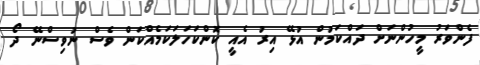
ފެންވަރު މީހުންނަށް ދައްކަމުން އުޅޭ އިރު އެއީ ކޮންކަހަލަކަމެއްކަން ވެސް ނުވިސްނޭ ދޯ